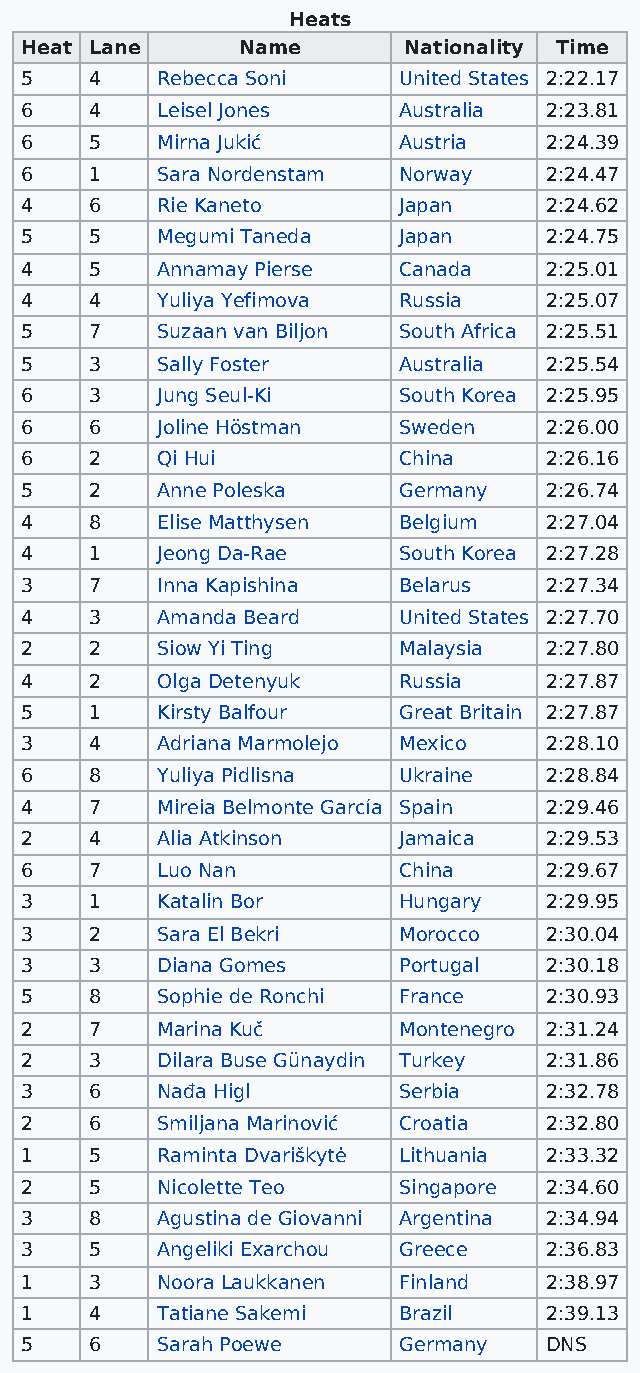
Heats
 Heat Lane      Name       Nationality Time
 5    4   Rebecca Soni    United States 2:22.17
 6    4   Leisel Jones    Australia 2:23.81
 6    5   Mirna Jukić     Austria   2:24.39
 6    1   Sara Nordenstam Norway    2:24.47
 4    6   Rie Kaneto      Japan     2:24.62
 5    5   Megumi Taneda   Japan     2:24.75
 4    5   Annamay Pierse  Canada    2:25.01
 4    4   Yuliya Yefimova Russia    2:25.07
 5    7   Suzaan van Biljon South Africa 2:25.51
 5    3   Sally Foster    Australia 2:25.54
 6    3   Jung Seul-Ki    South Korea 2:25.95
 6    6   Joline Höstman  Sweden    2:26.00
 6    2   Qi Hui          China     2:26.16
 5    2   Anne Poleska    Germany   2:26.74
 4    8   Elise Matthysen Belgium   2:27.04
 4    1   Jeong Da-Rae    South Korea 2:27.28
 3    7   Inna Kapishina  Belarus   2:27.34
 4    3   Amanda Beard    United States 2:27.70
 2    2   Siow Yi Ting    Malaysia  2:27.80
 4    2   Olga Detenyuk   Russia    2:27.87
 5    1   Kirsty Balfour  Great Britain 2:27.87
 3    4   Adriana Marmolejo Mexico  2:28.10
 6    8   Yuliya Pidlisna Ukraine   2:28.84
 4    7   Mireia Belmonte García Spain 2:29.46
 2    4   Alia Atkinson   Jamaica   2:29.53
 6    7   Luo Nan         China     2:29.67
 3    1   Katalin Bor     Hungary   2:29.95
 3    2   Sara El Bekri   Morocco   2:30.04
 3    3   Diana Gomes     Portugal  2:30.18
 5    8   Sophie de Ronchi France   2:30.93
 2    7   Marina Kuč      Montenegro 2:31.24
 2    3   Dilara Buse Günaydin Turkey 2:31.86
 3    6   Nađa Higl       Serbia    2:32.78
 2    6   Smiljana Marinović Croatia 2:32.80
 1    5   Raminta Dvariškytė Lithuania 2:33.32
 2    5   Nicolette Teo   Singapore 2:34.60
 3    8   Agustina de Giovanni Argentina 2:34.94
 3    5   Angeliki Exarchou Greece  2:36.83
 1    3   Noora Laukkanen Finland   2:38.97
 1    4   Tatiane Sakemi  Brazil    2:39.13
 5    6   Sarah Poewe     Germany   DNS